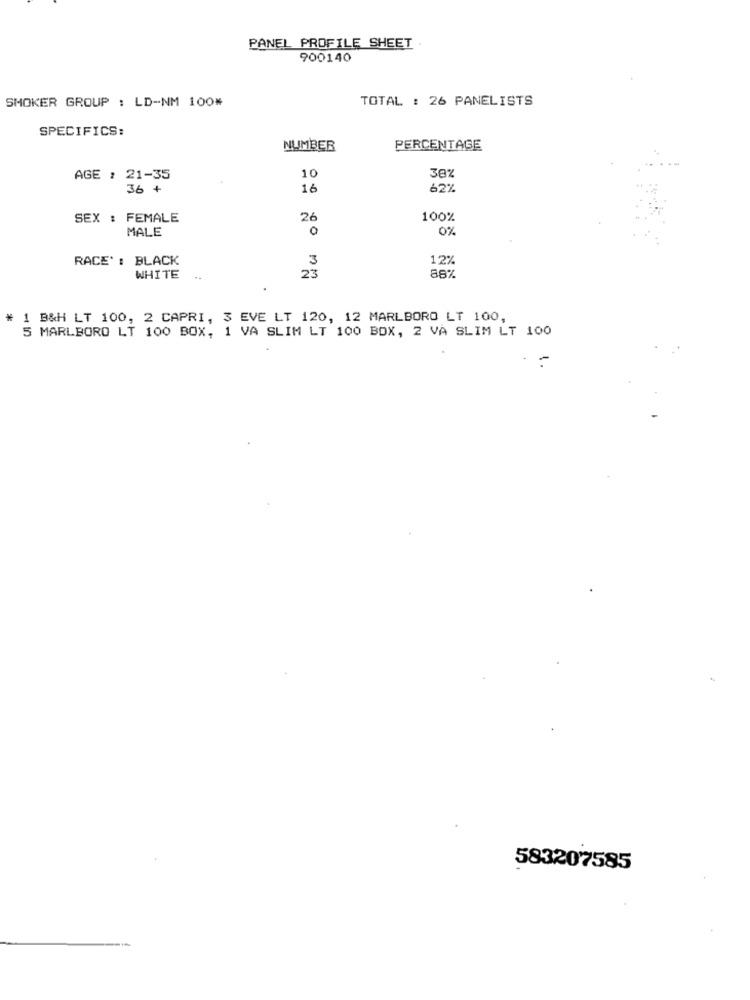
PANEL PROFILE SHEET .
900140
SMOKER GROUP : LD-NM 100*
TOTAL : 26 PANELISTS
SPECIFICS:
NUMBER
PERCENTAGE
10
30%
AGE : 21-35
36 +
16
62%
SEX : FEMALE
26
100%
MALE
0
0%
RACE' : BLACK
3
12%
88%
WHITE
23
1 B&H LT 100, 2 CAPRI, 3 EVE LT 120, 12 MARLBORO LT 100,
5 MARLBORO LT 100 BOX, 1 VA SLIM LT 100 BOX, 2 VA SLIM LT 100
583207585